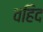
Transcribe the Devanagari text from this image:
वहिद